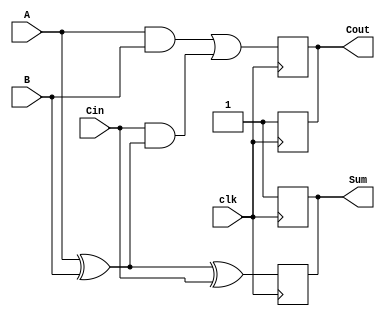
module dynamic_full_adder (
    input wire A,       // First input bit
    input wire B,       // Second input bit
    input wire Cin,     // Carry-in bit
    input wire clk,     // Clock signal
    output reg Sum,     // Sum output
    output reg Cout     // Carry-out output
);

    // Internal wires for dynamic logic
    wire Sum_int;
    wire Cout_int;

    // Precharge phase
    always @(posedge clk) begin
        // Precharge outputs to high
        Sum <= 1'b1;
        Cout <= 1'b1;
    end

    // Evaluation phase
    always @(negedge clk) begin
        // Compute Sum = A  B  Cin
        Sum_int = A ^ B ^ Cin;

        // Compute Cout = (A AND B) OR (Cin AND (A XOR B))
        Cout_int = (A & B) | (Cin & (A ^ B));

        // Update outputs based on evaluation
        Sum <= Sum_int;
        Cout <= Cout_int;
    end

endmodule